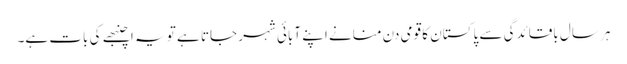
ہر سال باقائدگی سے پاکستان کا قومی دن منانے اپنے آبائی شہر جاتا ہے تو یہ اچنبھے کی بات ہے۔